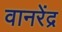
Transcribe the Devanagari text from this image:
वानरेंद्र